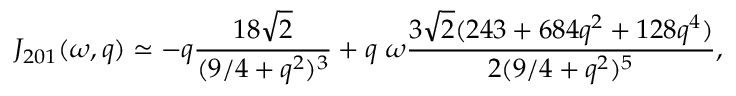
{ \cal J } _ { 2 0 1 } ( \omega , q ) \simeq - q \frac { 1 8 \sqrt { 2 } } { ( 9 / 4 + q ^ { 2 } ) ^ { 3 } } + q \; \omega \frac { 3 \sqrt { 2 } ( 2 4 3 + 6 8 4 q ^ { 2 } + 1 2 8 q ^ { 4 } ) } { 2 ( 9 / 4 + q ^ { 2 } ) ^ { 5 } } ,